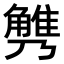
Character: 𧤪